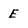
Character: E